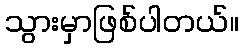
သွားမှာဖြစ်ပါတယ်။